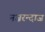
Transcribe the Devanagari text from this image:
नज़रन्दाज़